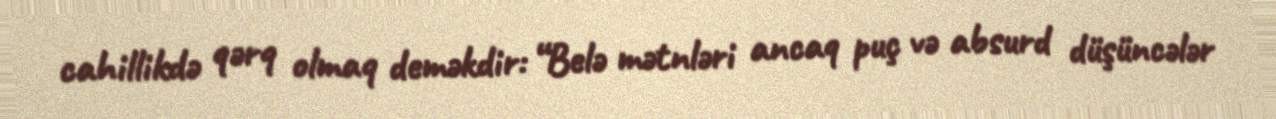
cahillikdə qərq olmaq deməkdir: “Belə mətnləri ancaq puç və absurd düşüncələr